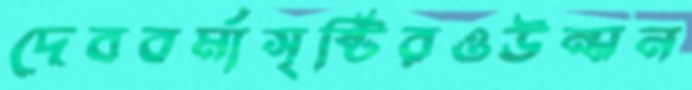
দেববর্মাসৃষ্টিরওউন্মন